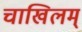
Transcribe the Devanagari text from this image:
चाखिलम्‌